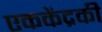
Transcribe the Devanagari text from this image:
एककेंद्रकी